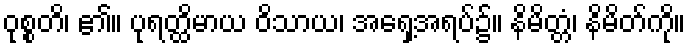
ဝုစ္စတိ၊ ၏။ ပုရတ္ထိမာယ ဝိသာယ၊ အရှေ့အရပ်၌။ နိမိတ္တံ၊ နိမိတ်ကို။